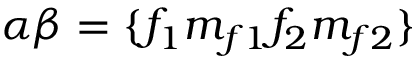
\alpha \beta = \{ f _ { 1 } m _ { f 1 } f _ { 2 } m _ { f 2 } \}